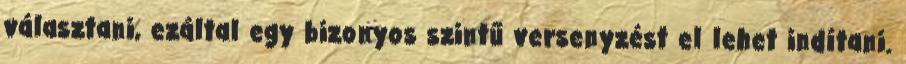
választani, ezáltal egy bizonyos szintű versenyzést el lehet indítani.